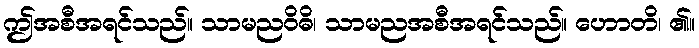
ဤအစီအရင်သည်။ သာမညဝိဓိ၊ သာမညအစီအရင်သည်။ ဟောတိ၊ ၏။